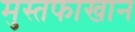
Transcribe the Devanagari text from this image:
मुस्तफाखान